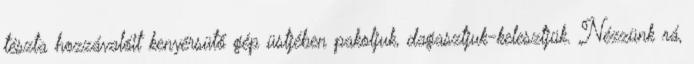
tészta hozzávalóit kenyérsütő gép üstjében pakoljuk, dagasztjuk-kelesztjük. Nézzünk rá,